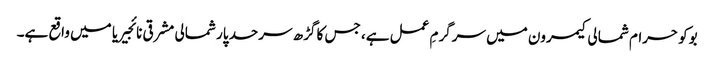
بوکو حرام شمالی کیمرون میں سرگرمِ عمل ہے، جس کا گڑھ سرحد پار شمالی مشرقی نائجیریا میں واقع ہے۔